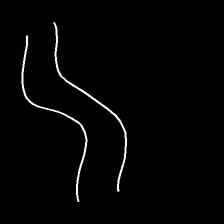
Glyph: float